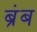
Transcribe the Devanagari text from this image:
ब्रंब